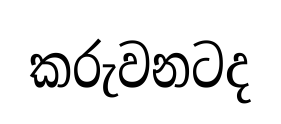
කරුවනටද